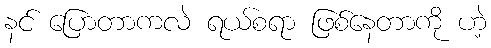
နင် ပြောတာကလဲ ရယ်စရာ ဖြစ်နေတာကို ဟဲ့